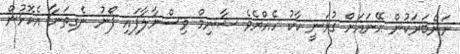
ނަންބަރަކުން އޭނައަށް ގުޅަނީ ކާކު ހެއްޔެވެ ޝާނިމް ވިސްނާލާފައި ފޯނު ނެގިތަނާ އެކޮޅުން